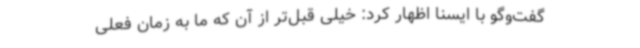
گفت‌وگو با ایسنا اظهار کرد: خیلی قبل‌تر از آن که ما به زمان فعلی